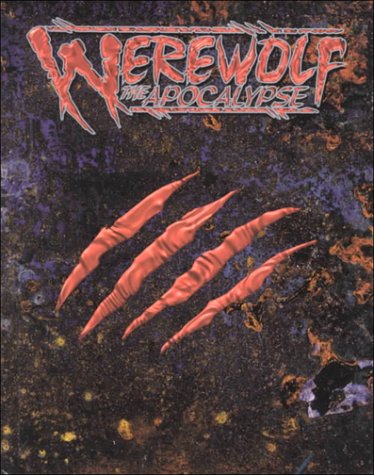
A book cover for Werewolf: The Apocalypse; Brian Campbell; Science Fiction & Fantasy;